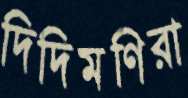
দিদিমণিরা